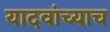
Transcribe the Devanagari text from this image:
यादवांच्याच